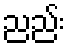
ညည်း